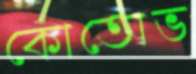
কোতোভ